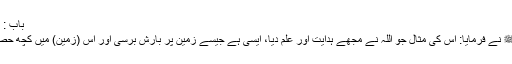
باب : اس کی مثال جو نبیﷺ مبعوث کئے گئے ہیں ہدایت اور علم کے ساتھ
1525: سیدنا ابو موسیٰ اشعریؓ نبیﷺ سے روایت کرتے ہیں کہ آپﷺ نے فرمایا: اس کی مثال جو اللہ نے مجھے ہدایت اور علم دیا، ایسی ہے جیسے زمین پر بارش برسی اور اس (زمین) میں کچھ حصہ ایسا تھا جس نے پانی کو چوس لیا اور چارا اور بہت سا سبزہ اگایا۔